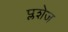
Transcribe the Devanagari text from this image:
प्लशेज